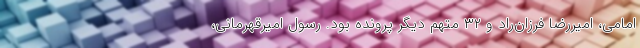
امامی، امیررضا فرزان‌راد و ۳۲ متهم دیگر پرونده بود. رسول امیرقهرمانی،